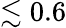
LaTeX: \lesssim 0.6